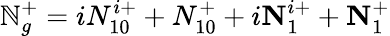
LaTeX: \mathbb{N}_{g}^{+}=iN_{10}^{i+}+N_{10}^{+}+i\textbf{N}_{1}^{i+}+\textbf{N}_{1}^{+}